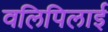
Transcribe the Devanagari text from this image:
वलिपिलाई